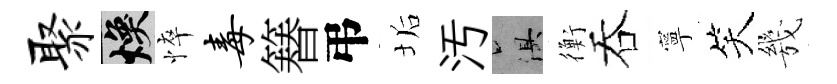
聚焕悴毒簮弔垢汚俱衡吞寧笑㡬